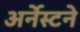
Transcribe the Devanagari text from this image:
अर्नेस्टने